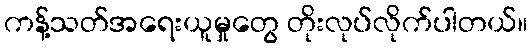
ကန့်သတ်အရေးယူမှုတွေ တိုးလုပ်လိုက်ပါတယ်။